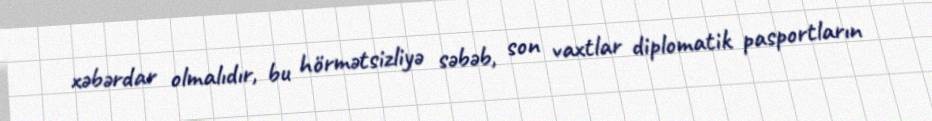
xəbərdar olmalıdır, bu hörmətsizliyə səbəb, son vaxtlar diplomatik pasportların